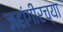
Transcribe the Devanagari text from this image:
जहांगीरच्या